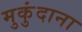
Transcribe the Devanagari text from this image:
मुकुंदाना